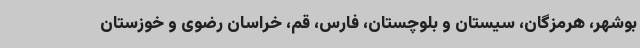
بوشهر، هرمزگان، سیستان و بلوچستان، فارس، قم، خراسان رضوی و خوزستان